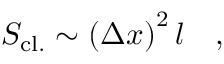
S _ { \mathrm { c l . } } \sim \left( \Delta x \right) ^ { 2 } l \quad ,